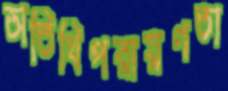
অতিথিপরায়ণতা